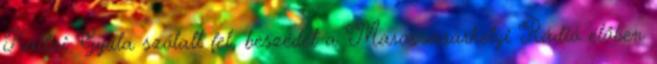
Kállai Gyula szólalt fel, beszédét a Marosvásárhelyi Rádió élőben